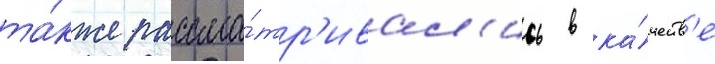
та́кже рассма́тр'ивал'ись в ка́честв'е